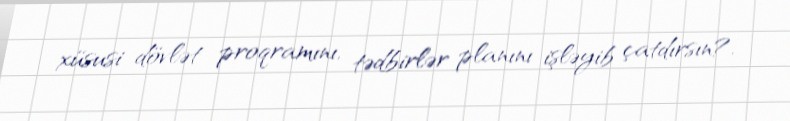
xüsusi dövlət proqramını, tədbirlər planını işləyib çatdırsın?.